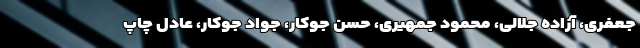
جعفری، آزاده جلالی، محمود جمهیری، حسن جوکار، جواد جوکار، عادل چاپ